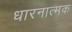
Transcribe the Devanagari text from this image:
धारनात्मक